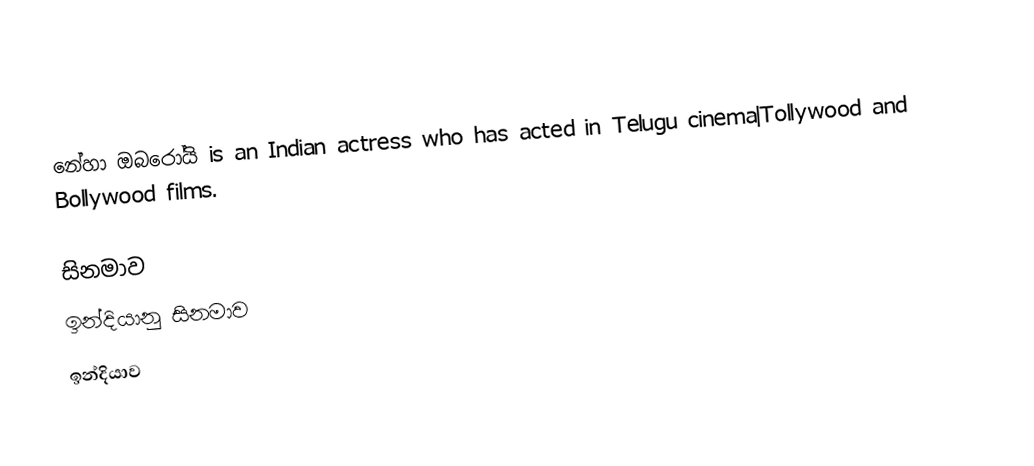
නේහා ඔබරෝයි is an Indian actress who has acted in Telugu cinema|Tollywood and Bollywood films.

සිනමාව
ඉන්දියානු සිනමාව
ඉන්දියාව